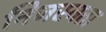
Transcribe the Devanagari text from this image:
निजस्वता